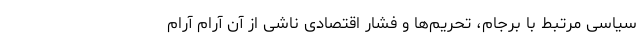
سیاسی مرتبط با برجام، تحریم‌ها و فشار اقتصادی ناشی از آن آرام آرام